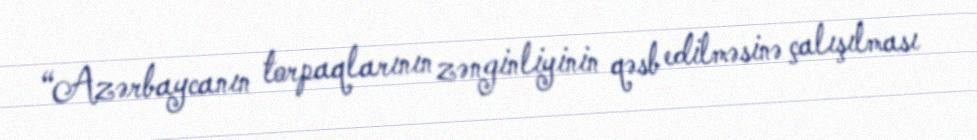
“Azərbaycanın torpaqlarının zənginliyinin qəsb edilməsinə çalışılması